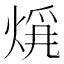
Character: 𤊚